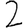
Digit: 2